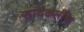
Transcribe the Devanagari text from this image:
सायकलींचा